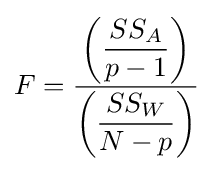
F={\frac {\left({\dfrac {SS_{A}}{p-1}}\right)}{\left({\dfrac {SS_{W}}{N-p}}\right)}}